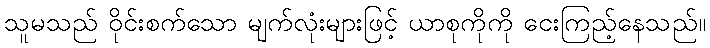
သူမသည် ဝိုင်းစက်သော မျက်လုံးများဖြင့် ယာစုကိုကို ငေးကြည့်နေသည်။